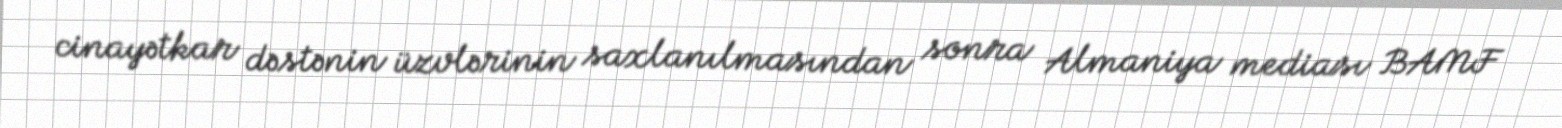
cinayətkar dəstənin üzvlərinin saxlanılmasından sonra Almaniya mediası BAMF